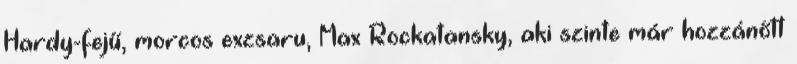
Hardy-fejű, morcos exzsaru, Max Rockatansky, aki szinte már hozzánőtt